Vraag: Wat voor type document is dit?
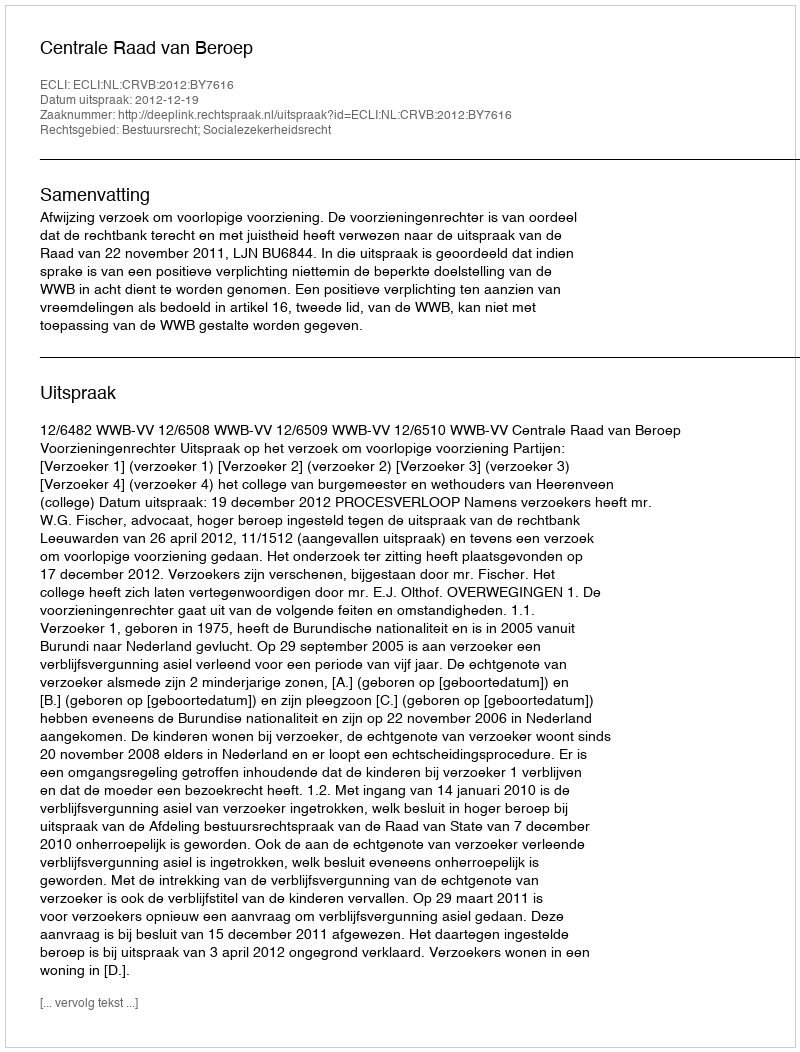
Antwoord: Uitspraak